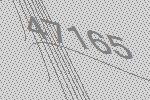
47165